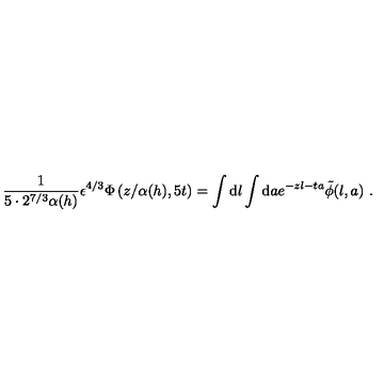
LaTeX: { \frac { 1 } { 5 \cdot 2 ^ { 7 / 3 } \alpha ( h ) } } { \epsilon ^ { 4 / 3 } \Phi \left( { z / \alpha ( h ) } , 5 t \right) } = \int \mathrm { d } l \int \mathrm { d } a e ^ { - z l - t a } \tilde { \phi } ( l , a ) \ .